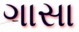
ગાસા